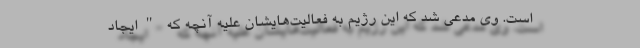
است. وی مدعی شد که این رژیم به فعالیت‌هایشان علیه آنچه که "ایجاد